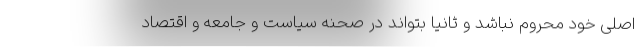
اصلی خود محروم نباشد و ثانیاً بتواند در صحنه‌ سیاست و جامعه و اقتصاد